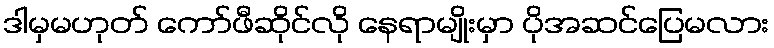
ဒါမှမဟုတ် ကော်ဖီဆိုင်လို နေရာမျိုးမှာ ပိုအဆင်ပြေမလား